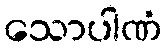
သောပါဏံ